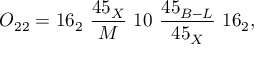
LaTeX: O _ { 2 2 } = 1 6 _ { 2 } \ { \frac { 4 5 _ { X } } { M } } \ 1 0 \ { \frac { 4 5 _ { B - L } } { 4 5 _ { X } } } \ 1 6 _ { 2 } ,